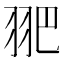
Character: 𦐆